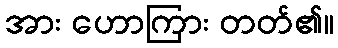
အား ဟောကြား တတ်၏။